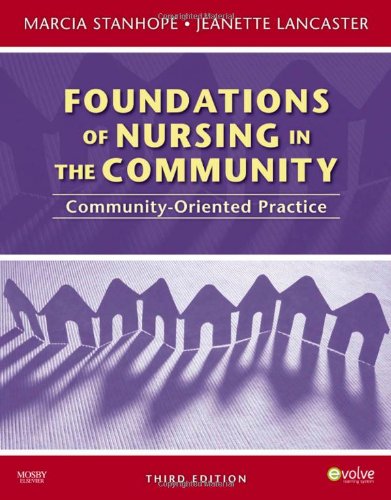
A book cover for Foundations of Nursing in the Community: Community-Oriented Practice, 3e; Marcia Stanhope RN  DSN  FAAN; Medical Books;